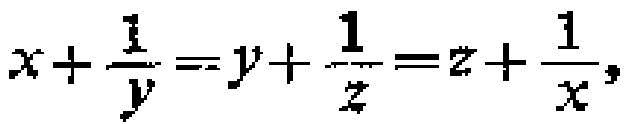
\(x+\frac{1}{y}=y + \frac{1}{z}=z+\frac{1}{x}\)